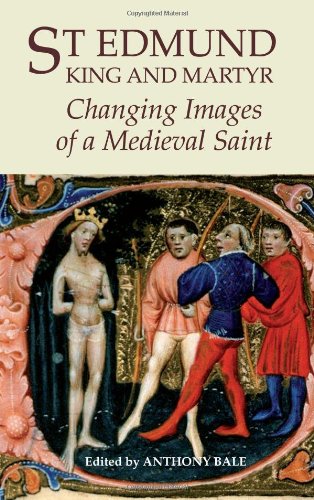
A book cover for St Edmund, King and Martyr: Changing Images of a Medieval Saint (York Medieval Press); Christian Books & Bibles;